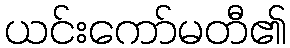
ယင်းကော်မတီ၏